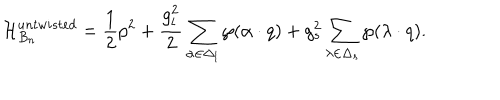
LaTeX: { \cal H } _ { B _ { n } } ^ { u n t w i s t e d } = { \frac { 1 } { 2 } } p ^ { 2 } + { \frac { g _ { l } ^ { 2 } } { 2 } } \sum _ { \alpha \in \Delta _ { l } } \wp ( \alpha \cdot q ) + { g _ { s } ^ { 2 } } \sum _ { \lambda \in \Delta _ { s } } \wp ( \lambda \cdot q ) .